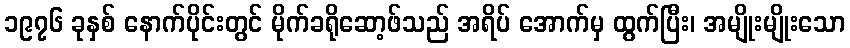
၁၉၇၆ ခုနှစ် နောက်ပိုင်းတွင် မိုက်ခရိုဆော့ဖ်သည် အရိပ် အောက်မှ ထွက်ပြီး၊ အမျိုးမျိုးသော